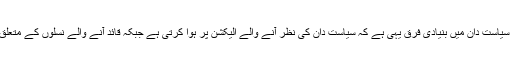
کہتے ہیںکہ رہنما اور سیاست دان میں بنیادی فرق یہی ہے کہ سیاست دان کی نظر آنے والے الیکشن پر ہوا کرتی ہے جبکہ قائد آنے والے نسلوں کے متعلق سوچ وبچار کرتا ہے۔